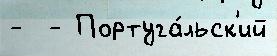
-  - Португа́льск'ий